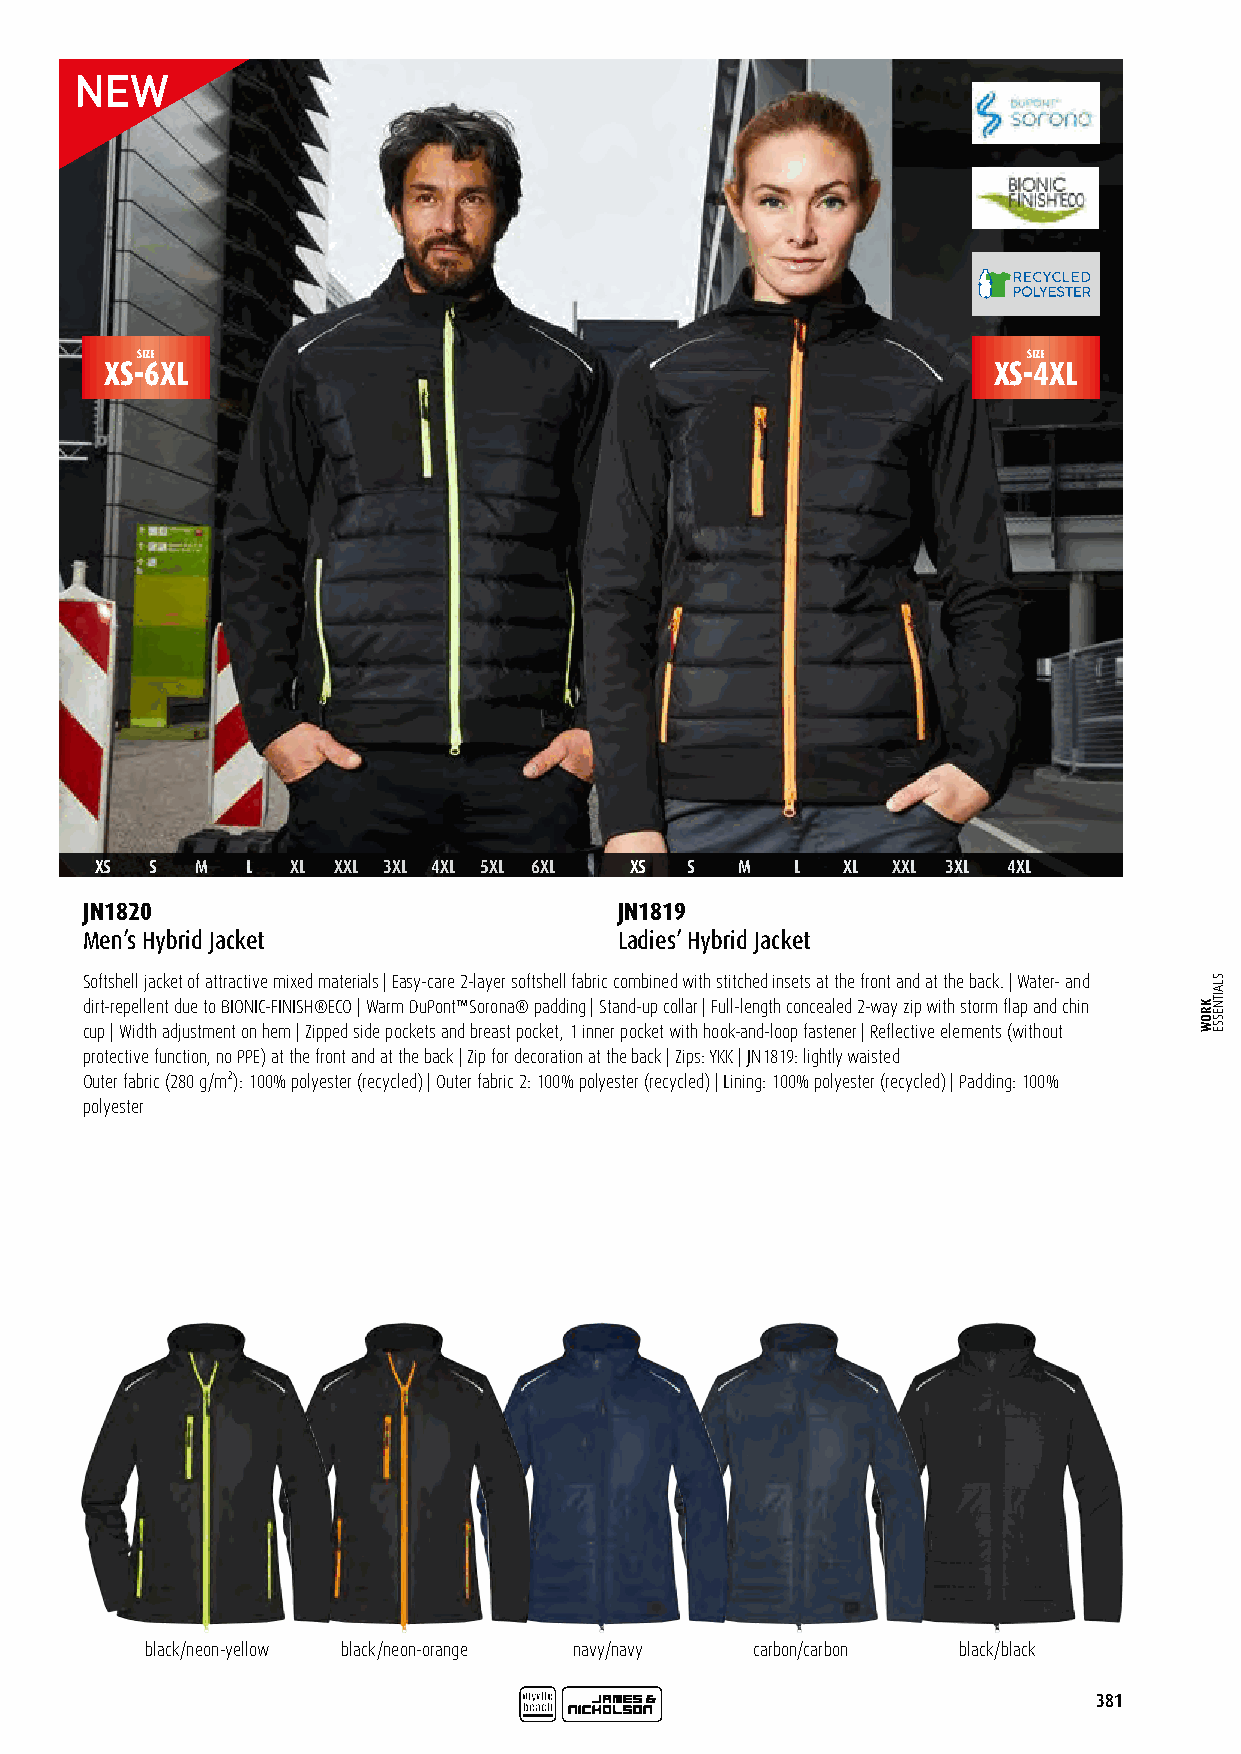
SIZE                                                       SIZE
 XS-6XL                                                     XS-4XL
 XS  S  M  L  XL XXL 3XL 4XL 5XL 6XL XS S   M   L  XL XXL 3XL 4XL
 JN1820                              JN1819
 Men’s Hybrid Jacket                 Ladies’ Hybrid Jacket
 Softshell jacket of attractive mixed materials | Easy-care 2-layer softshell fabric combined with stitched insets at the front and at the back. | Water- and
 dirt-repellent due to BIONIC-FINISH®ECO | Warm DuPont™Sorona® padding | Stand-up collar | Full-length concealed 2-way zip with storm flap and chin
 cup | Width adjustment on hem | Zipped side pockets and breast pocket, 1 inner pocket with hook-and-loop fastener | Reflective elements (without
 protective function, no PPE) at the front and at the back | Zip for decoration at the back | Zips: YKK | JN1819: lightly waisted
 Outer fabric (280 g/m²): 100% polyester (recycled) | Outer fabric 2: 100% polyester (recycled) | Lining: 100% polyester (recycled) | Padding: 100%
 polyester
 black/neon-yellow black/neon-orange navy/navy carbon/carbon black/black
 381
 KROW
 SLAITNESSE